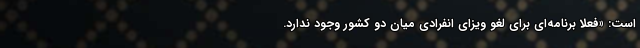
است: «فعلاً برنامه‌ای برای لغو ویزای انفرادی میان دو کشور وجود ندارد.